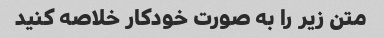
متن زیر را به صورت خودکار خلاصه کنید